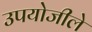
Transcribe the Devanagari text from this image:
उपयोजीले